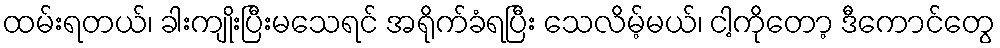
ထမ်းရတယ်၊ ခါးကျိုးပြီးမသေရင် အရိုက်ခံရပြီး သေလိမ့်မယ်၊ ငါ့ကိုတော့ ဒီကောင်တွေ